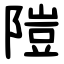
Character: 隑